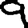
Digit: 9